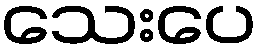
သေးပေ